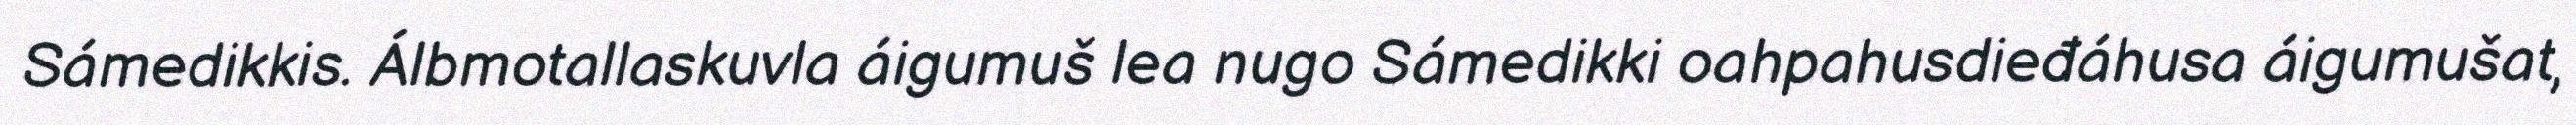
Sámedikkis. Álbmotallaskuvla áigumuš lea nugo Sámedikki oahpahusdieđáhusa áigumušat,